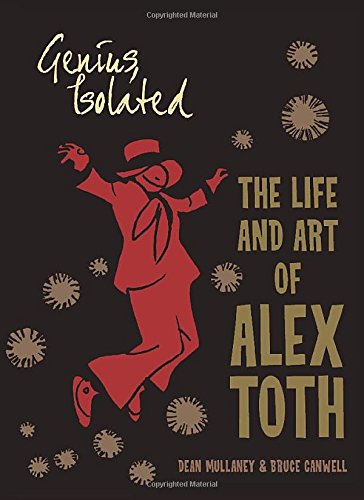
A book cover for Genius, Isolated: The Life and Art of Alex Toth; Dean Mullaney; Comics & Graphic Novels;